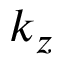
k _ { z }